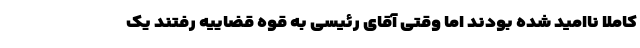
کاملا ناامید شده بودند اما وقتی آقای رئیسی به قوه قضاییه رفتند یک